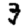
Digit: 3